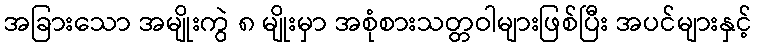
အခြားသော အမျိုးကွဲ ၈ မျိုးမှာ အစုံစားသတ္တဝါများဖြစ်ပြီး အပင်များနှင့်